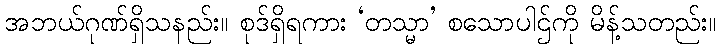
အဘယ်ဂုဏ်ရှိသနည်း။ စုဒ်ရှိရကား ‘တသ္မာ’ စသောပါဌ်ကို မိန့်သတည်း။